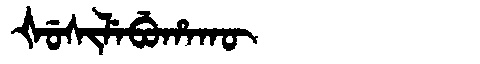
Manchu: ᡧᡠᠰᡳᠯᡝᠪᡠᡥᠠᡴᡡ
Romanization: ŠUSILEBUHAKŪ